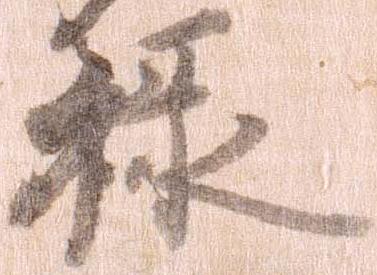
禄